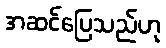
အဆင်ပြေသည်ဟု